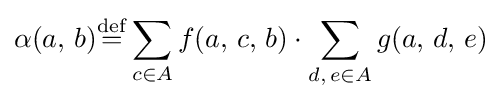
\alpha (a,\,b){\stackrel {\mathrm {def} }{=}}\displaystyle \sum \limits _{c\in A}f(a,\,c,\,b)\cdot \sum _{d,\,e\in A}g(a,\,d,\,e)